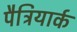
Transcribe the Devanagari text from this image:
पैट्रियार्क